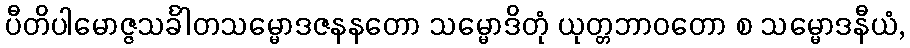
ပီတိပါမောဇ္ဇသင်္ခါတသမ္မောဒဇနနတော သမ္မောဒိတုံ ယုတ္တဘာဝတော စ သမ္မောဒနီယံ,